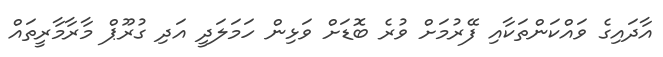
އާދައިގެ ވައްކަންތަކާއި ފޭރުމަށް ވުރެ ބޮޑަށް ވަޅިން ހަމަލަދީ އަދި ގުރޫޕް މާރާމާރީތައް